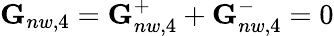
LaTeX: \begin{array}{r}{\textbf{G}_{nw,4}=\textbf{G}_{nw,4}^{+}+\textbf{G}_{nw,4}^{-}=0}\end{array}